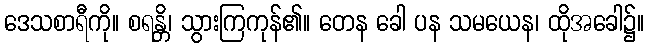
ဒေသစာရီကို။ စရန္တိ၊ သွားကြကုန်၏။ တေန ခေါ ပန သမယေန၊ ထိုအခေါ၌။